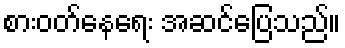
စားဝတ်နေရေး အဆင်ပြေသည်။